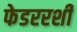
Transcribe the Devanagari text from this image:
फेडररशी